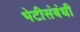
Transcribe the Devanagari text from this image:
भेटीसंबंधी